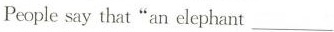
People say that "an’elephant___